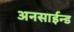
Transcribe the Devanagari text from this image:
अनसाईन्ड